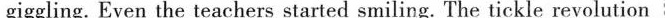
giggling. Even the teachers started smiling. The tickle revolution